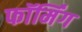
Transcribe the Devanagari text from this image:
फॉर्मिंग